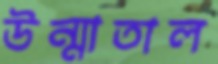
উন্মাতাল